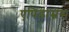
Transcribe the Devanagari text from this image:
एपिडाम्नस